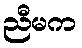
ညီမက